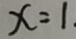
x = 1 .